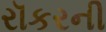
રૉકરની